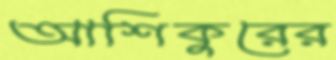
আশিকুরের